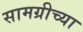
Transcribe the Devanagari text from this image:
सामग्रीच्या